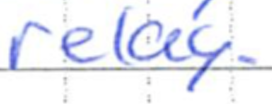
Text: relay.
Cross-out: clean
Writing tool: ballpoint